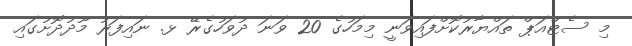
މި ސެޓްއަޕް ތައްޔާރުކޮށްފައިވަނީ މިމަހުގެ 20 ވަނަ ދުވަހުގެރޭ ޅ. ނައިފަރު މޫދުދޮށުގައި